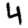
Digit: 4